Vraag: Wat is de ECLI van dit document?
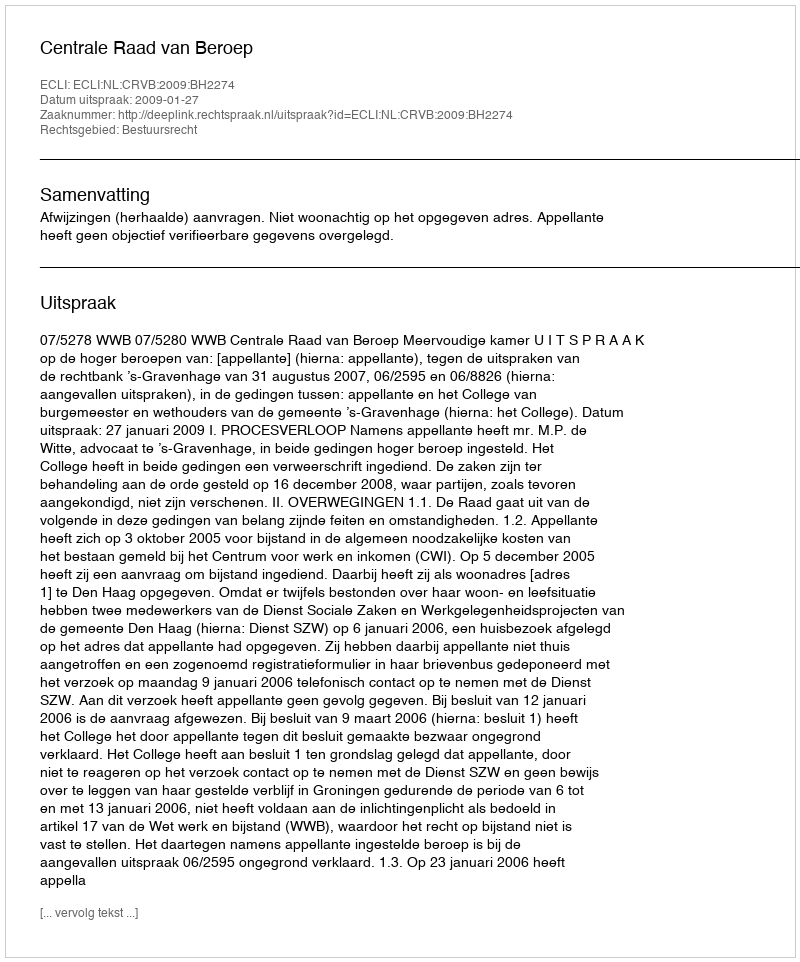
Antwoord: ECLI:NL:CRVB:2009:BH2274